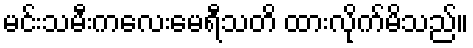
မင်းသမီးကလေးမေရီသတိ ထားလိုက်မိသည်။